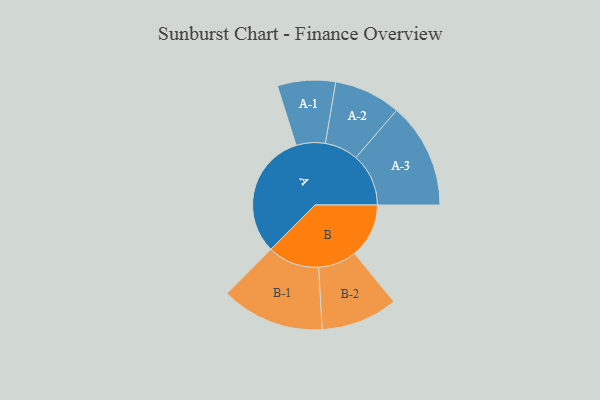
{"axis": {"x": "Segment", "y": "Value"}, "legend": ["", "A", "B"], "data": [{"x": "A", "y": 456, "type": ""}, {"x": "B", "y": 197, "type": ""}, {"x": "A-1", "y": 105, "type": "A"}, {"x": "A-2", "y": 121, "type": "A"}, {"x": "A-3", "y": 191, "type": "A"}, {"x": "B-1", "y": 187, "type": "B"}, {"x": "B-2", "y": 139, "type": "B"}]}